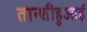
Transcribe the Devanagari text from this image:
तान्शीहुआई